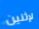
لإثنين